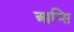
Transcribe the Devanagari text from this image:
आप्सि